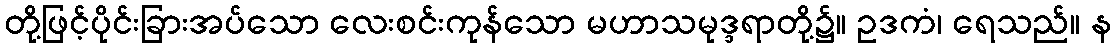
တို့ဖြင့်ပိုင်းခြားအပ်သော လေးစင်းကုန်သော မဟာသမုဒ္ဒရာတို့၌။ ဥဒကံ၊ ရေသည်။ န